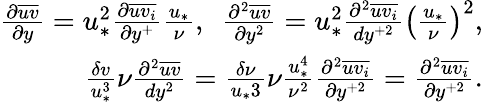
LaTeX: \begin{array}{r}{\frac{\partial\overline{{uv}}}{\partial y}=u_{*}^{2}\frac{\partial\overline{{uv_{i}}}}{\partial y^{+}}\frac{u_{*}}{\nu},\ \ \frac{\partial^{2}\overline{{uv}}}{\partial y^{2}}=u_{*}^{2}\frac{\partial^{2}\overline{{uv_{i}}}}{dy^{+2}}\big(\frac{u_{*}}{\nu}\big)^{2},}\\ {\frac{\delta v}{u_{*}^{3}}\nu\frac{\partial^{2}\overline{{uv}}}{dy^{2}}=\frac{\delta\nu}{u_{*}{3}}\nu\frac{u_{*}^{4}}{\nu^{2}}\frac{\partial^{2}\overline{{uv_{i}}}}{\partial y^{+2}}=\frac{\partial^{2}\overline{{uv_{i}}}}{\partial y^{+2}}.}\end{array}